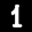
Label: 1